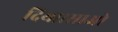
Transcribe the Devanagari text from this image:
दिया।साओ